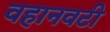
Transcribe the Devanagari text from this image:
वहानवटी